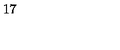
1 7